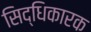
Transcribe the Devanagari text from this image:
सिद्धिकारक